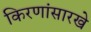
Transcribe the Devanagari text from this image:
किरणांसारखे